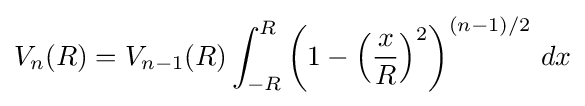
V_{n}(R)=V_{n-1}(R)\int _{-R}^{R}\left(1-\left({\frac {x}{R}}\right)^{2}\right)^{(n-1)/2}\,dx